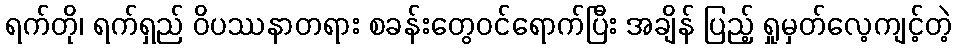
ရက်တို၊ ရက်ရှည် ဝိပဿနာတရား စခန်းတွေဝင်ရောက်ပြီး အချိန် ပြည့် ရှုမှတ်လေ့ကျင့်တဲ့